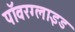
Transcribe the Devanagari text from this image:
पॉवरग्लाइड